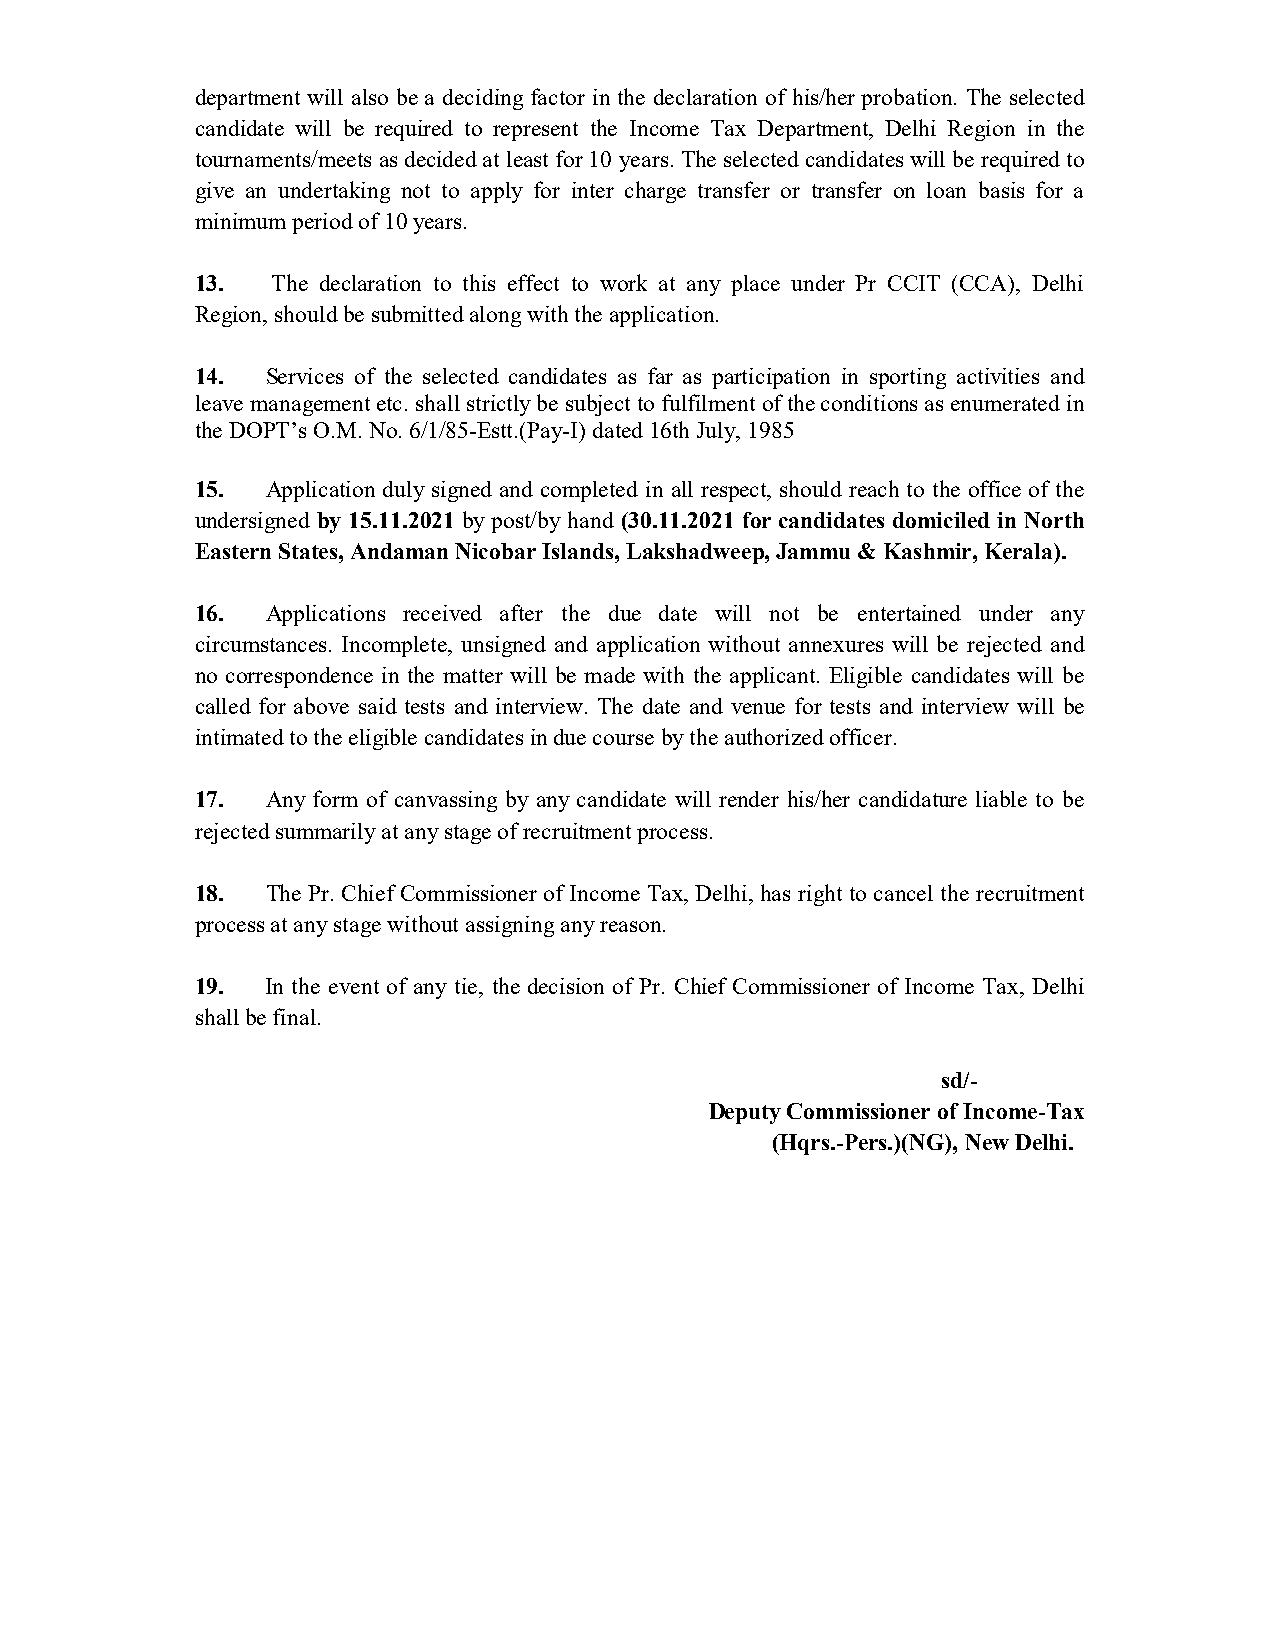
department will also be a deciding factor in the declaration of his/her probation. The selected
 candidate will be required to represent the Income Tax Department, Delhi Region in the
 tournaments/meets as decided at least for 10 years. The selected candidates will be required to
 give an undertaking not to apply for inter charge transfer or transfer on loan basis for a
 minimum period of 10 years.
 13.  The declaration to this effect to work at any place under Pr CCIT (CCA), Delhi
 Region, should be submitted along with the application.
 14.  Services of the selected candidates as far as participation in sporting activities and
 leave management etc. shall strictly be subject to fulfilment of the conditions as enumerated in
 the DOPT’s O.M. No. 6/1/85-Estt.(Pay-I) dated 16th July, 1985
 15.  Application duly signed and completed in all respect, should reach to the office of the
 undersigned by 15.11.2021 by post/by hand (30.11.2021 for candidates domiciled in North
 Eastern States, Andaman Nicobar Islands, Lakshadweep, Jammu & Kashmir, Kerala).
 16.  Applications received after the due date will not be entertained under any
 circumstances. Incomplete, unsigned and application without annexures will be rejected and
 no correspondence in the matter will be made with the applicant. Eligible candidates will be
 called for above said tests and interview. The date and venue for tests and interview will be
 intimated to the eligible candidates in due course by the authorized officer.
 17.  Any form of canvassing by any candidate will render his/her candidature liable to be
 rejected summarily at any stage of recruitment process.
 18.  The Pr. Chief Commissioner of Income Tax, Delhi, has right to cancel the recruitment
 process at any stage without assigning any reason.
 19.  In the event of any tie, the decision of Pr. Chief Commissioner of Income Tax, Delhi
 shall be final.
 sd/-
 Deputy Commissioner of Income-Tax
 (Hqrs.-Pers.)(NG), New Delhi.